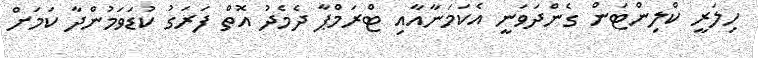
ހިލަރީ ކްލިންޓަން ގެންދަވަނީ އެކަމަނާއާއި ޓްރަމްޕާ ދެމެދު އޮތް ފަރަގު ކުޑަވަމުންދާ ކަމަށް